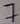
Text: 7